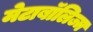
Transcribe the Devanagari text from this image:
मेटाबॉलिज्म